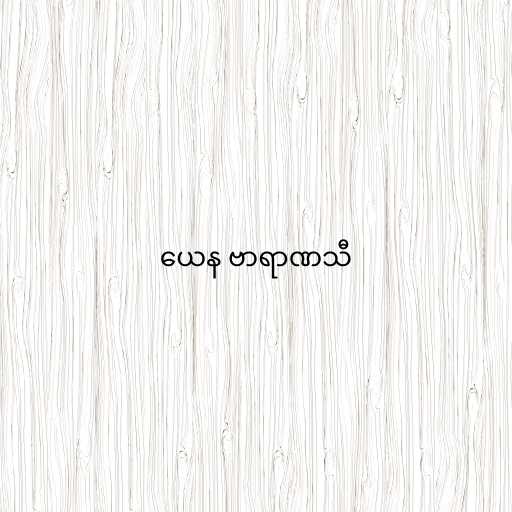
ယေန ဗာရာဏသီ